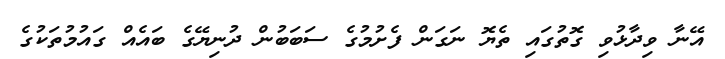
އޭނާ ވިދާޅުވި ގޮތުގައި ތެޔޮ ނަގަން ފެށުމުގެ ސަބަބުން ދުނިޔޭގެ ބައެއް ގައުމުތަކުގެ